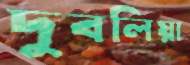
দুবলিয়া